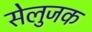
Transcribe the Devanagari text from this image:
सेलुजक